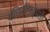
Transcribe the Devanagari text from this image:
गणितीपद्धती